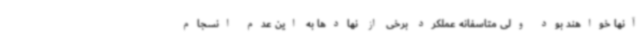
آنها خواهند بود ولی متاسفانه عملکرد برخی از نهادها به این عدم انسجام